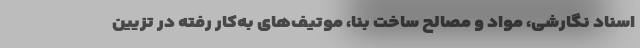
اسناد نگارشی، مواد و مصالح ساخت بنا، موتیف‌های به‌کار رفته در تزیین